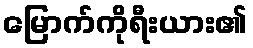
မြောက်ကိုရီးယား၏